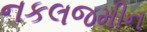
નકલજમીન